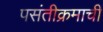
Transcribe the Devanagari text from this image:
पसंतीक्रमाची